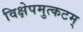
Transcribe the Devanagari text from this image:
विक्षेपमुत्कटम्